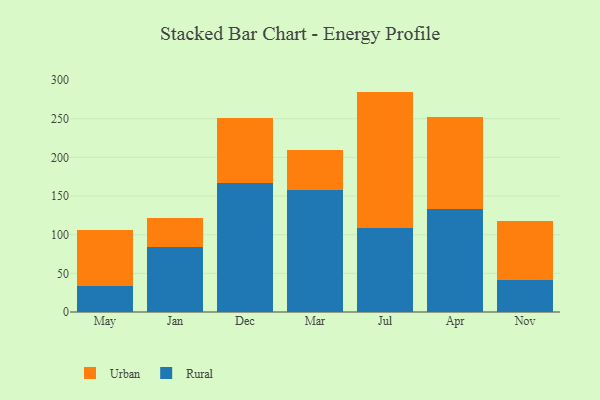
{"axis": {"x": "Month", "y": "Active Users"}, "legend": ["Rural", "Urban"], "data": [{"x": "May", "y": 33.2, "type": "Rural"}, {"x": "May", "y": 72.3, "type": "Urban"}, {"x": "Jan", "y": 84.1, "type": "Rural"}, {"x": "Jan", "y": 37.7, "type": "Urban"}, {"x": "Dec", "y": 166.9, "type": "Rural"}, {"x": "Dec", "y": 83.7, "type": "Urban"}, {"x": "Mar", "y": 157.2, "type": "Rural"}, {"x": "Mar", "y": 52.1, "type": "Urban"}, {"x": "Jul", "y": 109.0, "type": "Rural"}, {"x": "Jul", "y": 176.1, "type": "Urban"}, {"x": "Apr", "y": 133.8, "type": "Rural"}, {"x": "Apr", "y": 119.0, "type": "Urban"}, {"x": "Nov", "y": 41.6, "type": "Rural"}, {"x": "Nov", "y": 76.1, "type": "Urban"}]}